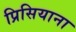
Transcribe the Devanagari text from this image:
प्रिसियाना